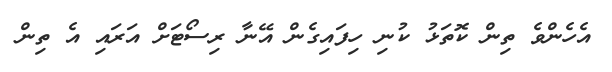
އެހެންވެ ތިން ކޮތަޅު ކުނި ހިފައިގެން އޭނާ ރިސޯޓަށް އަރައި އެ ތިން